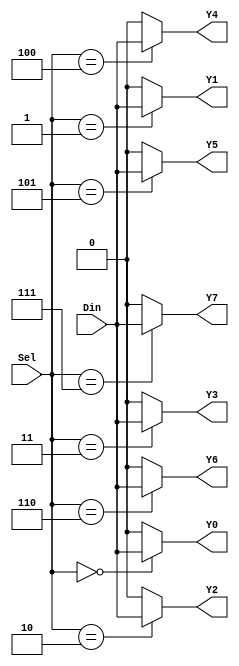
module demux_1to8 (
    input [2:0] Sel,
    input Din,
    output reg Y0,
    output reg Y1,
    output reg Y2,
    output reg Y3,
    output reg Y4,
    output reg Y5,
    output reg Y6,
    output reg Y7
);

always @ (Sel, Din)
begin
    Y0 = (Sel == 3'b000) ? Din : 1'b0;
    Y1 = (Sel == 3'b001) ? Din : 1'b0;
    Y2 = (Sel == 3'b010) ? Din : 1'b0;
    Y3 = (Sel == 3'b011) ? Din : 1'b0;
    Y4 = (Sel == 3'b100) ? Din : 1'b0;
    Y5 = (Sel == 3'b101) ? Din : 1'b0;
    Y6 = (Sel == 3'b110) ? Din : 1'b0;
    Y7 = (Sel == 3'b111) ? Din : 1'b0;
end

endmodule